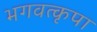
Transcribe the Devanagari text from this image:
भगवत्कृपा